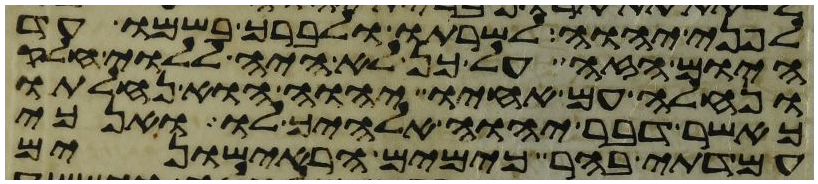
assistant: לפני יהוה לשרתו ולברך בשמו עד
היום הזה על כן לא היה ללוי חלק
ונחלה עם אחיו יהוה הוא נחלתו
כאשר דבר יהוה אלהיך לו ואנכי
עמדתי בהר כימים הראישונים